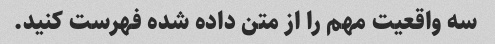
سه واقعیت مهم را از متن داده شده فهرست کنید.